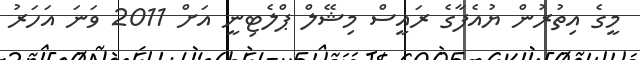
މީގެ އިތުރުން ޔުއެފާގެ ރައީސް މިޝޭލް ޕްލެޓިނީ އަށް 2011 ވަނަ އަހަރު